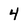
Character: 4